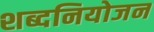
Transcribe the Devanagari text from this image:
शब्दनियोजन